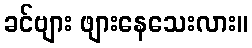
ခင်ဗျား ဖျားနေသေးလား။